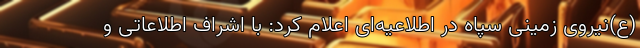
(ع)نیروی زمینی سپاه در اطلاعیه‌ای اعلام کرد: با اشراف اطلاعاتی و